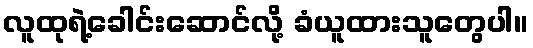
လူထုရဲ့ခေါင်းဆောင်လို့ ခံယူထားသူတွေပါ။